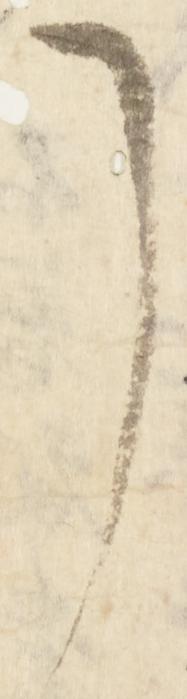
了